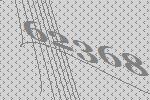
62368